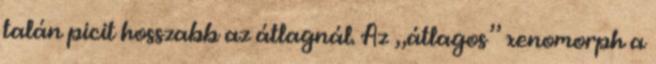
talán picit hosszabb az átlagnál. Az „átlagos” xenomorph a